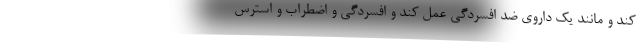
کند و مانند یک داروی ضد افسردگی عمل کند و افسردگی و اضطراب و استرس